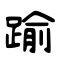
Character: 踰